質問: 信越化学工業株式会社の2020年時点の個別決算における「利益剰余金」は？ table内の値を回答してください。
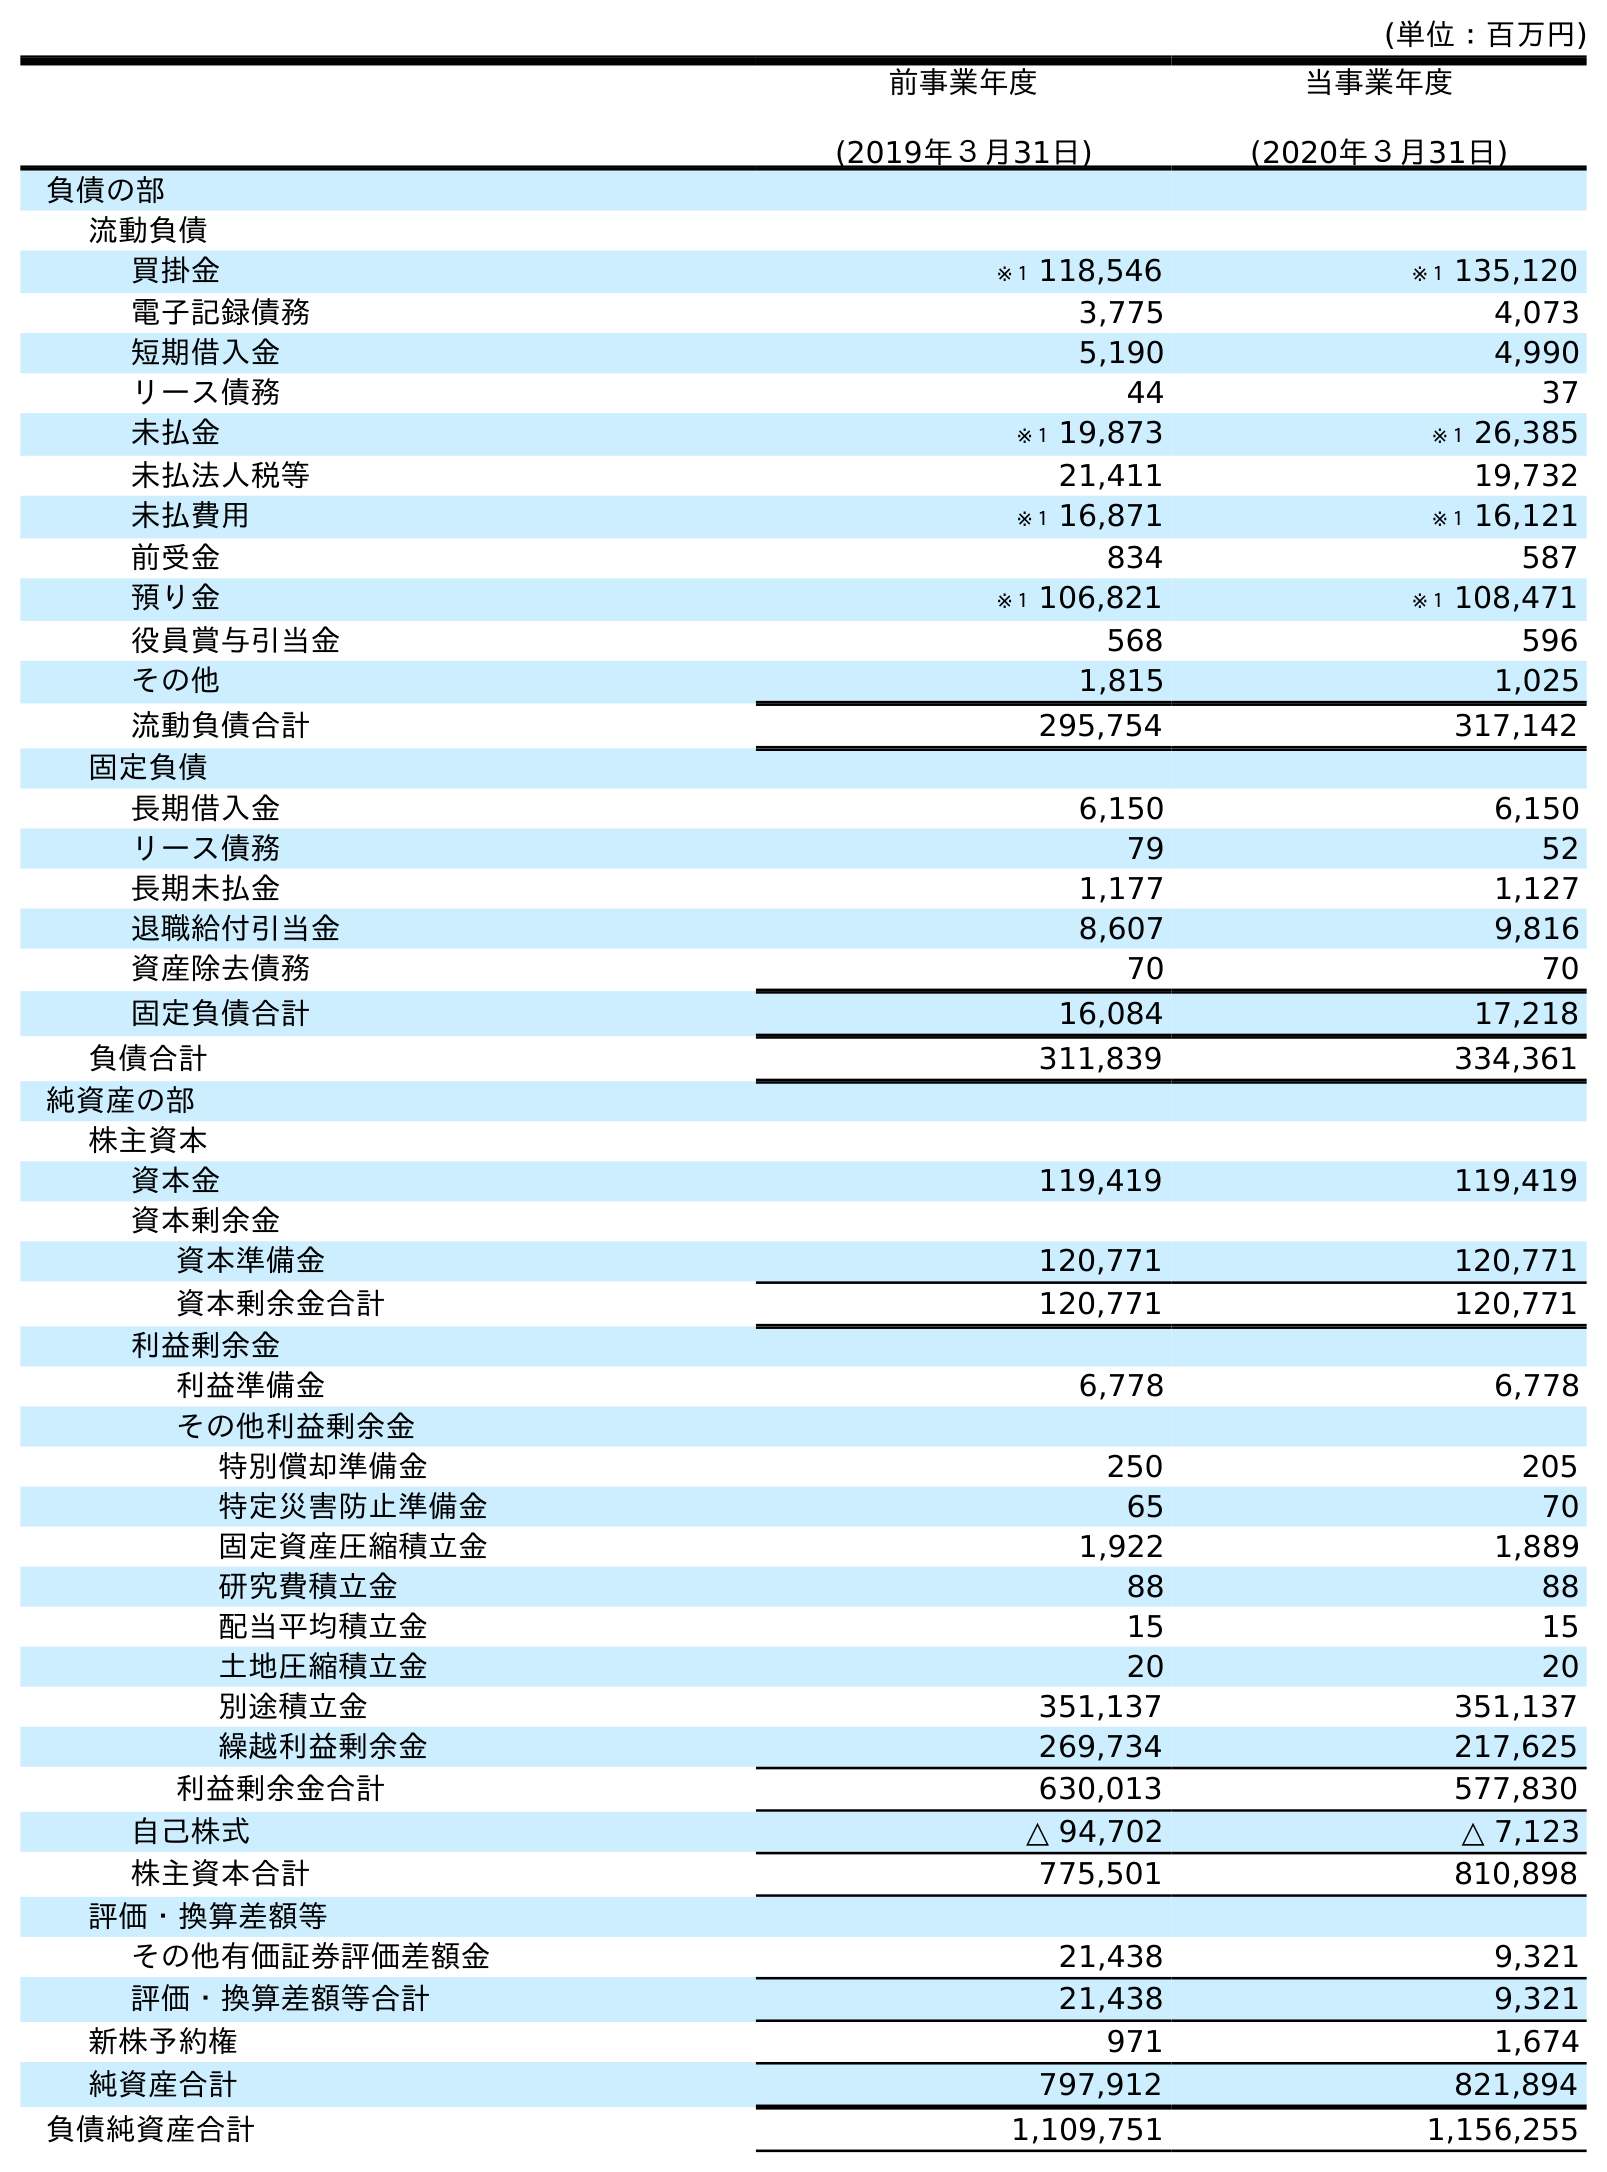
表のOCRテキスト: (単位：百万円) 前事業年度 (2019年３月31日) 当事業年度 (2020年３月31日) 負債の部 流動負債 買掛金 ※１ 118,546 ※１ 135,120 電子記録債務 3,775 4,073 短期借入金 5,190 4,990 リース債務 44 37 未払金 ※１ 19,873 ※１ 26,385 未払法人税等 21,411 19,732 未払費用 ※１ 16,871 ※１ 16,121 前受金 834 587 預り金 ※１ 106,821 ※１ 108,471 役員賞与引当金 568 596 その他 1,815 1,025 流動負債合計 295,754 317,142 固定負債 長期借入金 6,150 6,150 リース債務 79 52 長期未払金 1,177 1,127 退職給付引当金 8,607 9,816 資産除去債務 70 70 固定負債合計 16,084 17,218 負債合計 311,839 334,361 純資産の部 株主資本 資本金 119,419 119,419 資本剰余金 資本準備金 120,771 120,771 資本剰余金合計 120,771 120,771 利益剰余金 利益準備金 6,778 6,778 その他利益剰余金 特別償却準備金 250 205 特定災害防止準備金 65 70 固定資産圧縮積立金 1,922 1,889 研究費積立金 88 88 配当平均積立金 15 15 土地圧縮積立金 20 20 別途積立金 351,137 351,137 繰越利益剰余金 269,734 217,625 利益剰余金合計 630,013 577,830 自己株式 △ 94,702 △ 7,123 株主資本合計 775,501 810,898 評価・換算差額等 その他有価証券評価差額金 21,438 9,321 評価・換算差額等合計 21,438 9,321 新株予約権 971 1,674 純資産合計 797,912 821,894 負債純資産合計 1,109,751 1,156,255
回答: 577,830